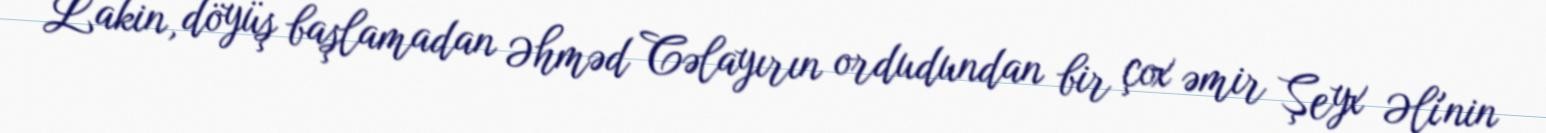
Lakin, döyüş başlamadan Əhməd Cəlayırın ordudundan bir çox əmir Şeyx Əli'nin